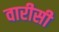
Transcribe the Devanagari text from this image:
वारीसी